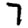
Digit: 7